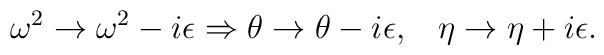
\omega ^2\rightarrow \omega ^2-i\epsilon \Rightarrow \theta \rightarrow\theta -i\epsilon ,\;\;\;\eta \rightarrow \eta +i\epsilon .